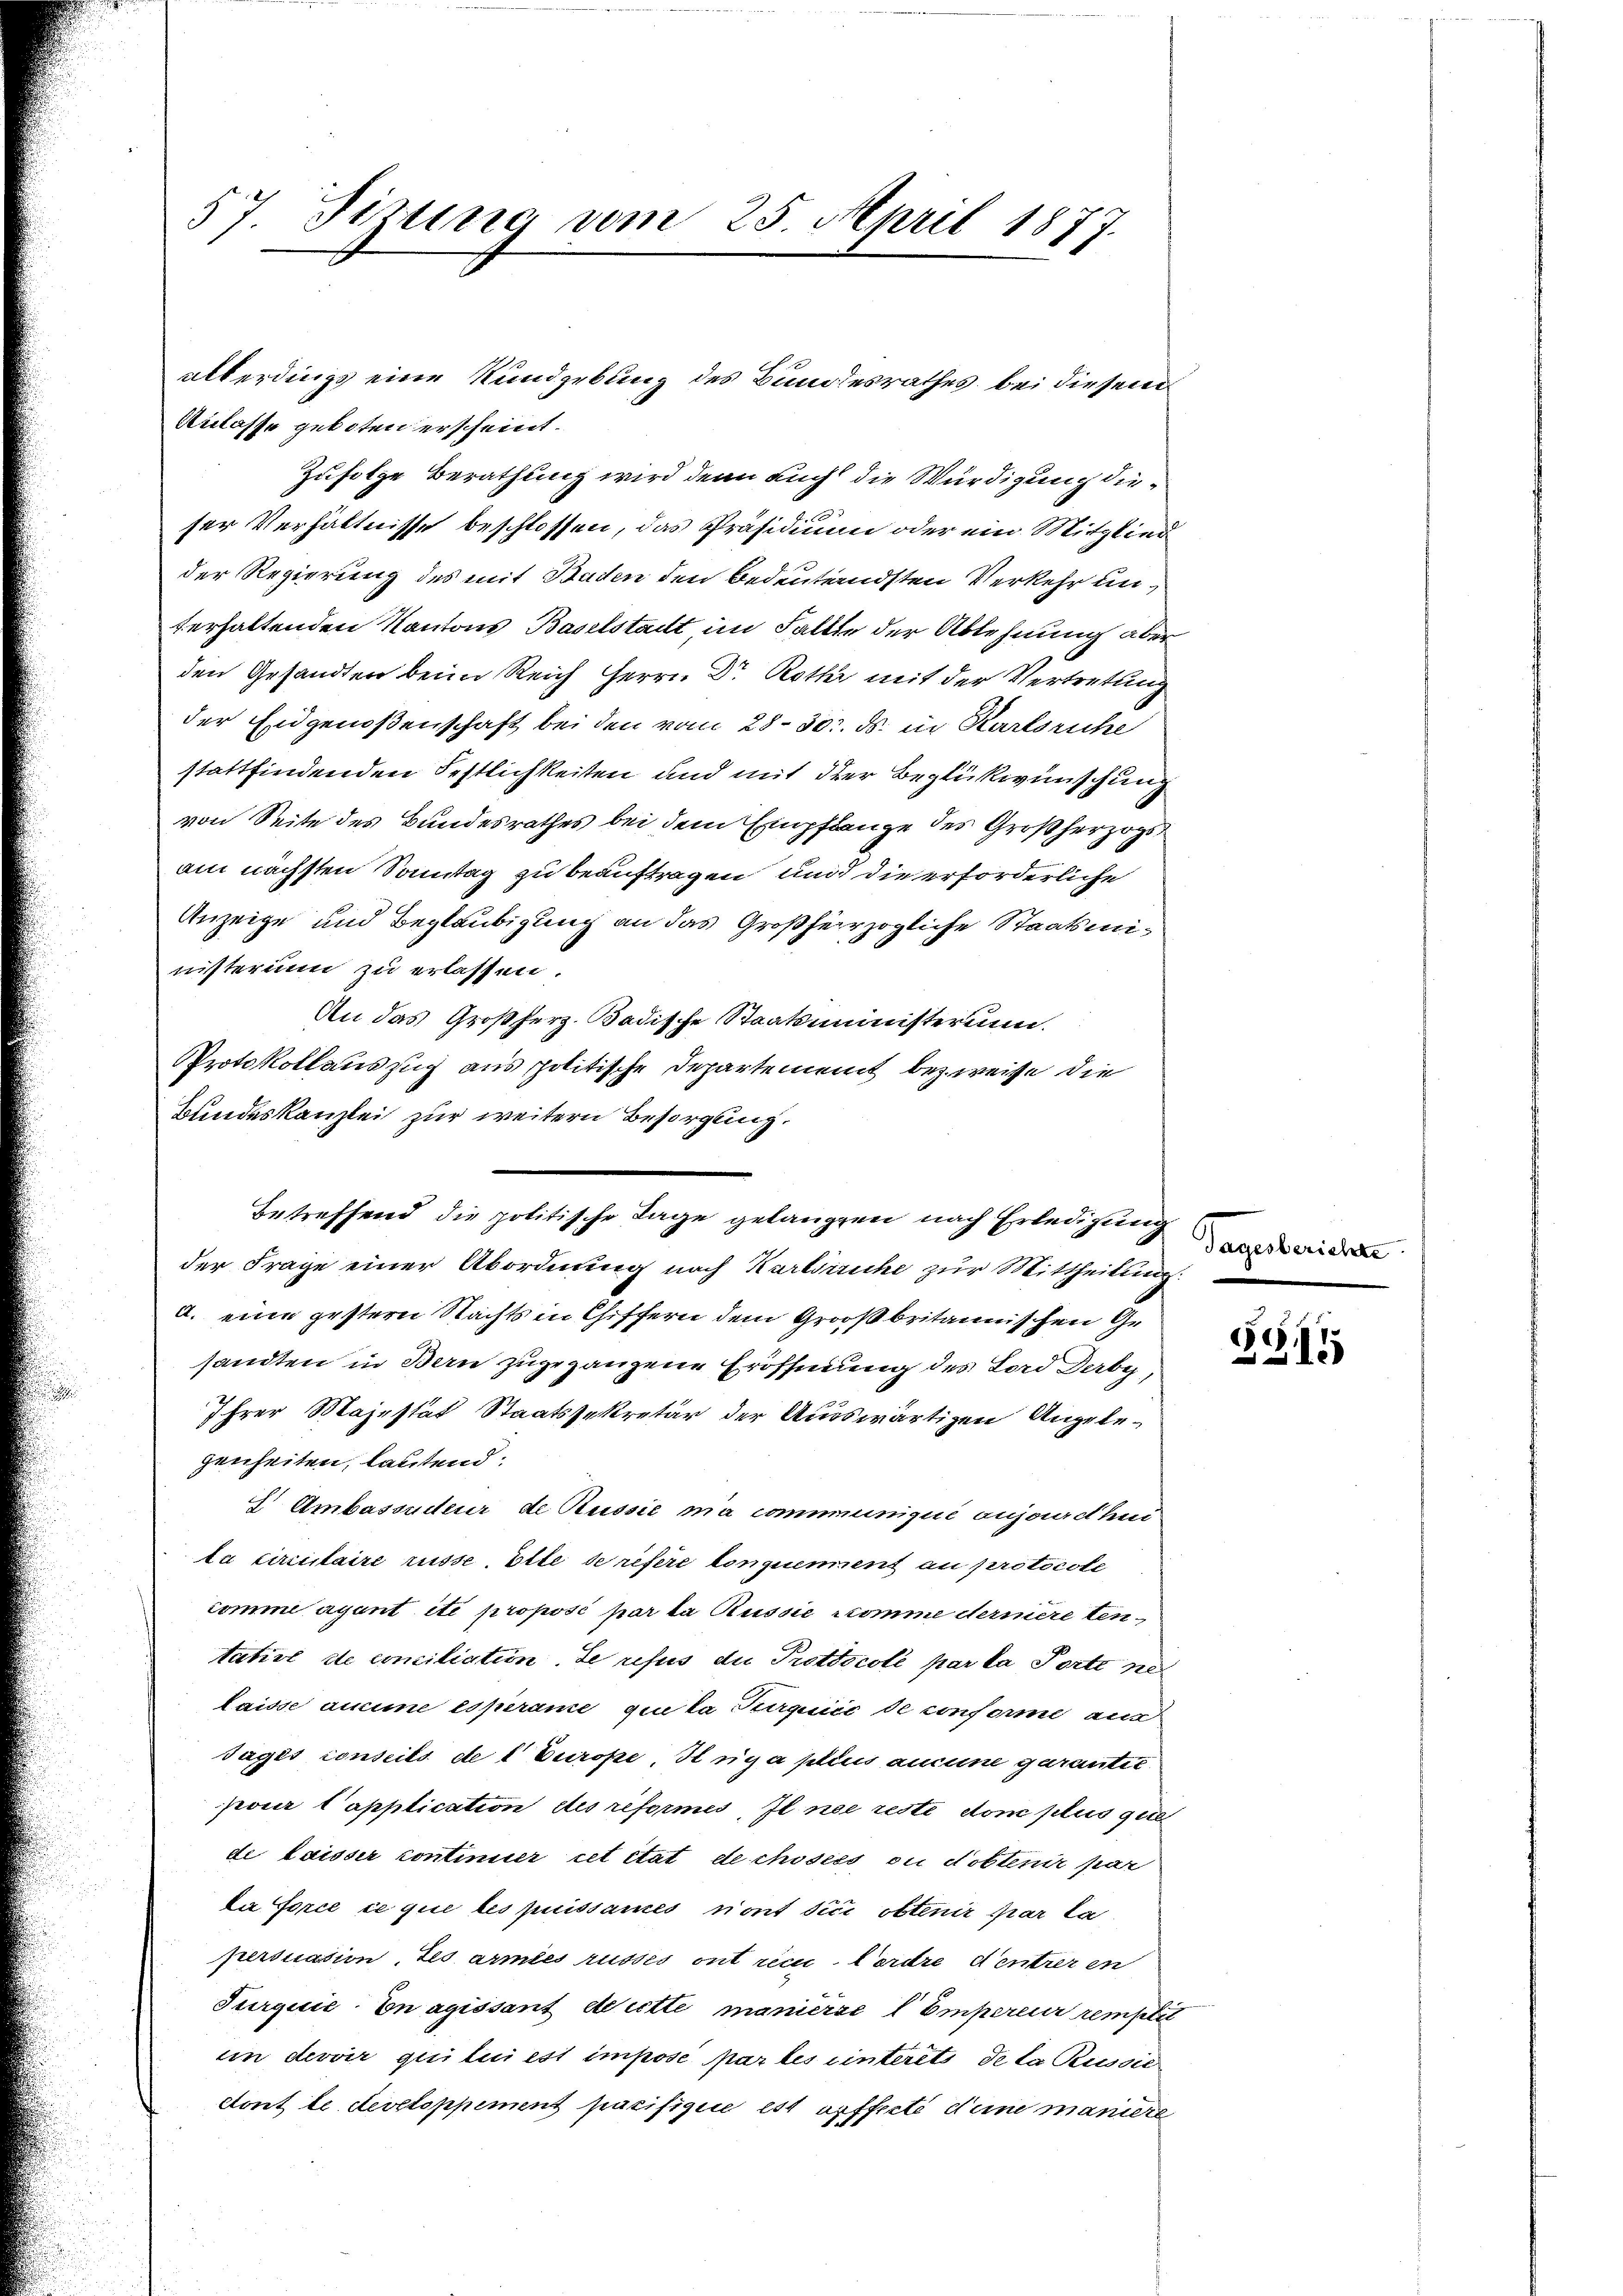
57. Sizung vom 25. April 1877.

Anlasse geboten erscheint.
Zufolge Berathung wird denn auch die Würdigung dieser Verhältnisse beschlossen, das Präsidium oder ein Mitglied
der Regierung des mit Baden den Bedeutendsten Verkehr unterhaltenden Kantons Baselstadt im Faltte der Ablehnung aber
den Gesandten beim Reich Herrn Dr. Rothr mit der Vertretung
der Eidgenoßenschaft bei den vom 28. 30. ds. in Karlsruhe
stattfindenden Festlichkeiten und mit der Beglückwünschung
von Seite des Bundesrathes bei dem Empfange des Großherzogs
am nächsten Sonntag zu beauftragen und die erforderliche
Anzeige und Beglaubigung an das Großherzogliche Staatsministerium zu erlassen.
An das Großherz. Badische Staatsministerium.
Protokollauszug aus politische Departement bezweise die
Bundeskanzlei zur weitern Besorgung.
der Frage einer Abordnung nach Kartirsiche zur Mittheilung
a. eine gestern Nachts in Chiffern dem Großbritannischen Ge
sandten in Bern zugegangene Eröffnung des Lord Derbe
Ihrer Majestät Staatssekretär der Auswärtigen Angelegenheiten, lautend:
I Ambassndeur di Russie na communiqué anjeadhu
ta circulaire russe Elte de refere lonquement au protocole
comme avant ite proposi par la Russie nomme dermere tentative de conciliation. Se refus die Protocoll par la Porte per
laisse aucune esperame quita Purquiić de conforme aus
Sagés conseits de l Europe Huga plus aucune garantie
pour l’application des reformis, il ne reste vom plus quel
de laisser continuier cet état de chosess ou d’obtenir par
da force ce que les puissames nont dici obtenir par la
pertisation des armes russes ont rec. Nordre d’entrer en
Surquic. En agissant de cette maniersel Empereur remplit
im devoir qui lui est impose par les unterets de la Russic
etont le developpement pacifigire est opffecte deine maniere

allerdings eine Rundgebung des Bundesrathes bei diesem

Betreffend die politische Tage gelangen nach Erledigung

Tagesberichte.

e
15